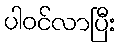
ပါဝင်လာပြီး